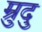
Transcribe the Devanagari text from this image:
म्रुदु